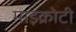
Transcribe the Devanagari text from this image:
माइक्रोटी